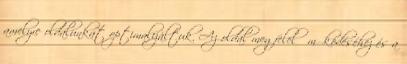
amelyre oldalunkat optimalizáltuk. Az oldal megfelelő működéséhez és a